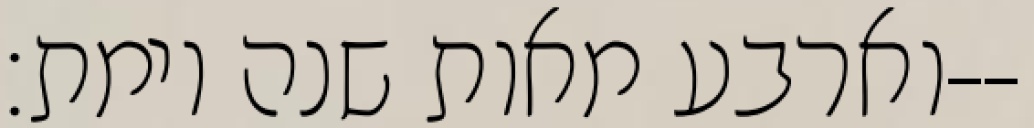
וארבע מאות שנה וימת׃--